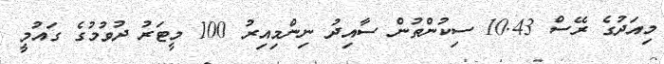
މިއަދުގެ ރޭސް 10.43 ސިކުންތުން ސާއިދު ނިންމިއިރު 100 މީޓަރު ދުވުމުގެ ގައުމީ